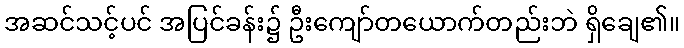
အဆင်သင့်ပင် အပြင်ခန်း၌ ဦးကျော်တယောက်တည်းဘဲ ရှိချေ၏။